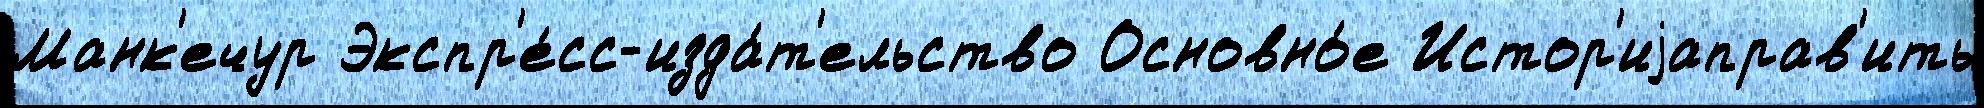
Манк'ечур Экспр'е́сс-изда́т'ельство Основно́е Истор'иjаправ'ить